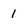
Character: 1